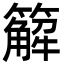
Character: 䉏